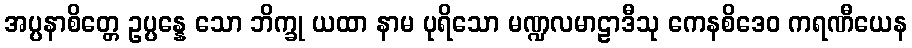
အပ္ပနာစိတ္တေ ဥပ္ပန္နေ သော ဘိက္ခု ယထာ နာမ ပုရိသော မဏ္ဍလမာဠာဒီသု ကေနစိဒေဝ ကရဏီယေန